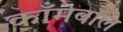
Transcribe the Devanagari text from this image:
काँमेबॉल